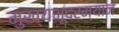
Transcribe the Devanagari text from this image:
मुख्यभूदरम्यान